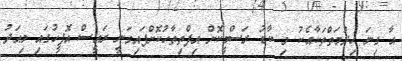
އާ ގިނަ ހިދުމަތްތަކާއެކު މި ކާޑު ރަސްމީކޮށް އިފްތިތާހުކޮށްފައިވަނީ ރައީސް އޮފީހުގައި މިއަދު